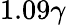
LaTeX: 1.09\gamma